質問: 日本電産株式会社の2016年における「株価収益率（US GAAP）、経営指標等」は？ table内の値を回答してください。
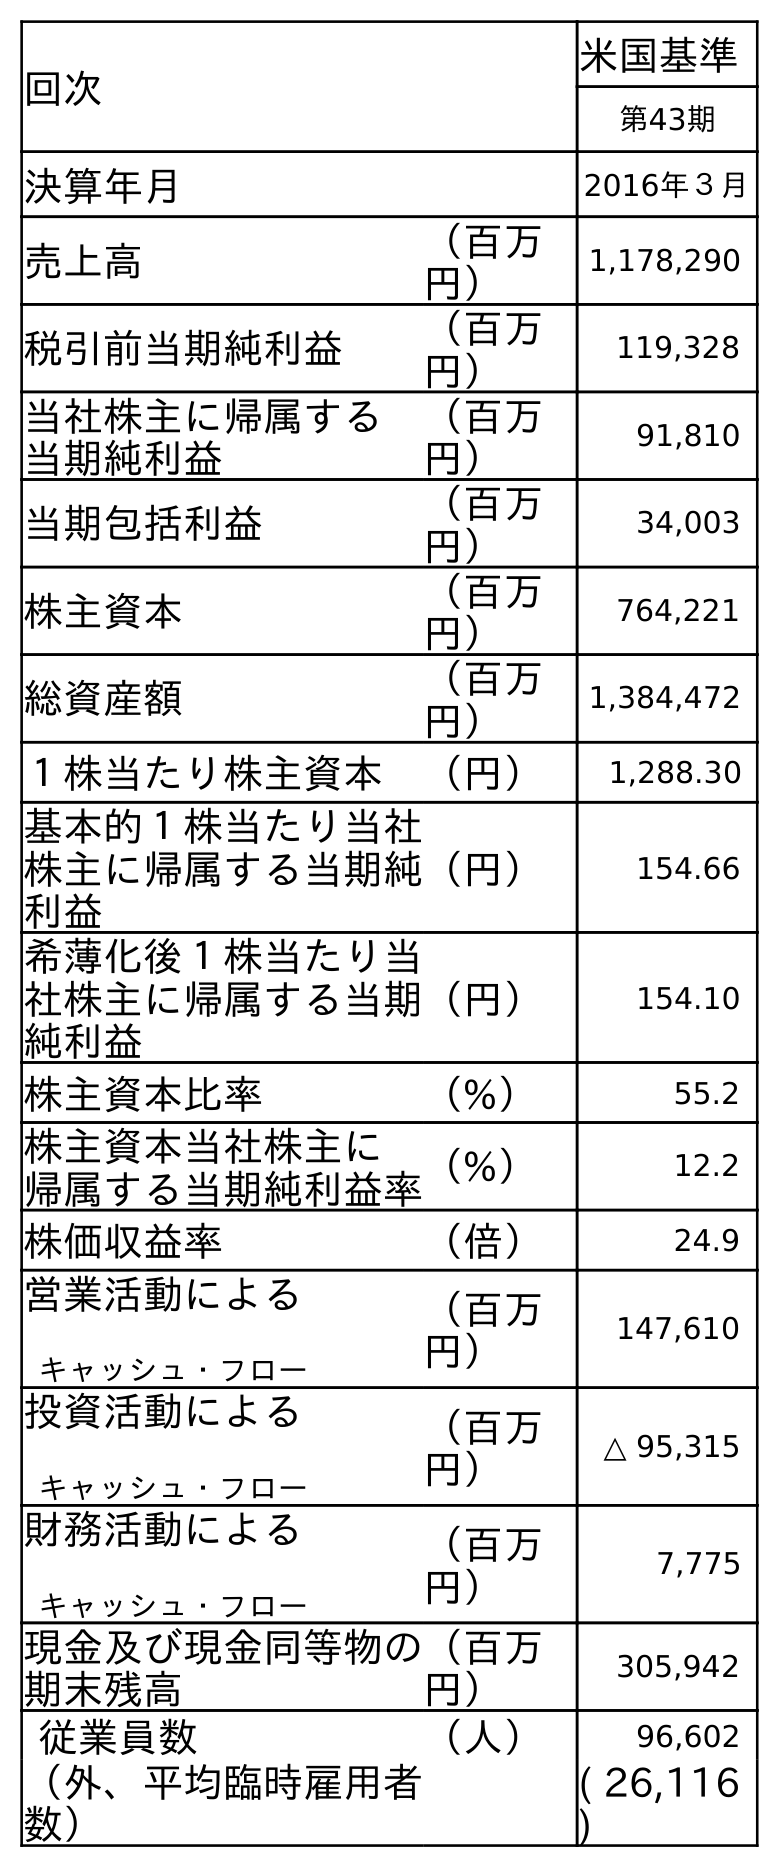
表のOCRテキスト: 回次 米国基準 第43期 決算年月 2016年３月 売上高 （百万 円） 1,178,290 税引前当期純利益 （百万 円） 119,328 当社株主に帰属する 当期純利益 （百万 円） 91,810 当期包括利益 （百万 円） 34,003 株主資本 （百万 円） 764,221 総資産額 （百万 円） 1,384,472 １株当たり株主資本 （円） 1,288.30 基本的１株当たり当社 株主に帰属する当期純 利益 （円） 154.66 希薄化後１株当たり当 社株主に帰属する当期 純利益 （円） 154.10 株主資本比率 （%） 55.2 株主資本当社株主に 帰属する当期純利益率（%） 12.2 株価収益率 （倍） 24.9 営業活動による キャッシュ・フロー （百万 円） 147,610 投資活動による キャッシュ・フロー （百万 円） △ 95,315 財務活動による キャッシュ・フロー （百万 円） 7,775 現金及び現金同等物の 期末残高 （百万 円） 305,942 従業員数 （人） 96,602 （外、平均臨時雇用者 数） ( 26,116 )
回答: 24.9